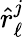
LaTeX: \hat{r}_{\ell}^{j}